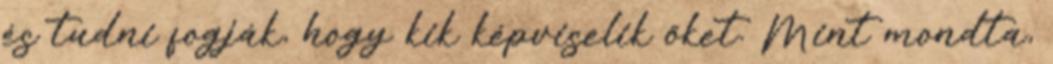
és tudni fogják, hogy kik képviselik őket. Mint mondta,